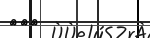
١١٣